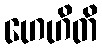
ဟေဟိတိ